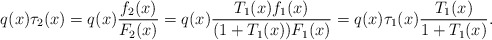
\begin{align*}q(x)\tau_2(x)=q(x)\frac{f_2(x)}{F_2(x)} =q(x)\frac{T_1(x)f_1(x)}{(1+T_1(x))F_1(x)} =q(x)\tau_1(x)\frac{T_1(x)}{1+T_1(x)}.\end{align*}